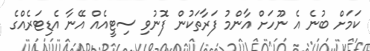
ކަމަށް ބުނެ އެ ނޫހަށް އާންމު ފަރާތަކުން ފޮނުވި ސިޓީއެއް އޭނާ އެޑިޓަރެއްގެ